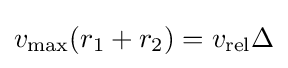
v_{\text{max}}(r_{1}+r_{2})=v_{\text{rel}}\Delta